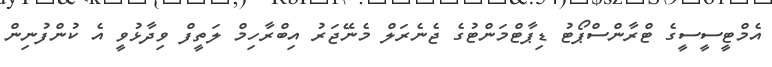
އެމްޓީސީސީގެ ޓްރާންސްޕޯޓު ޑިޕާޓްމަންޓުގެ ޖެނެރަލް މެނޭޖަރު އިބްރާހިމް ލަތީފް ވިދާޅުވީ އެ ކުންފުނިން